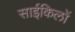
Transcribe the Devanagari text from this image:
साईकिलों